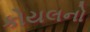
કોયલનો